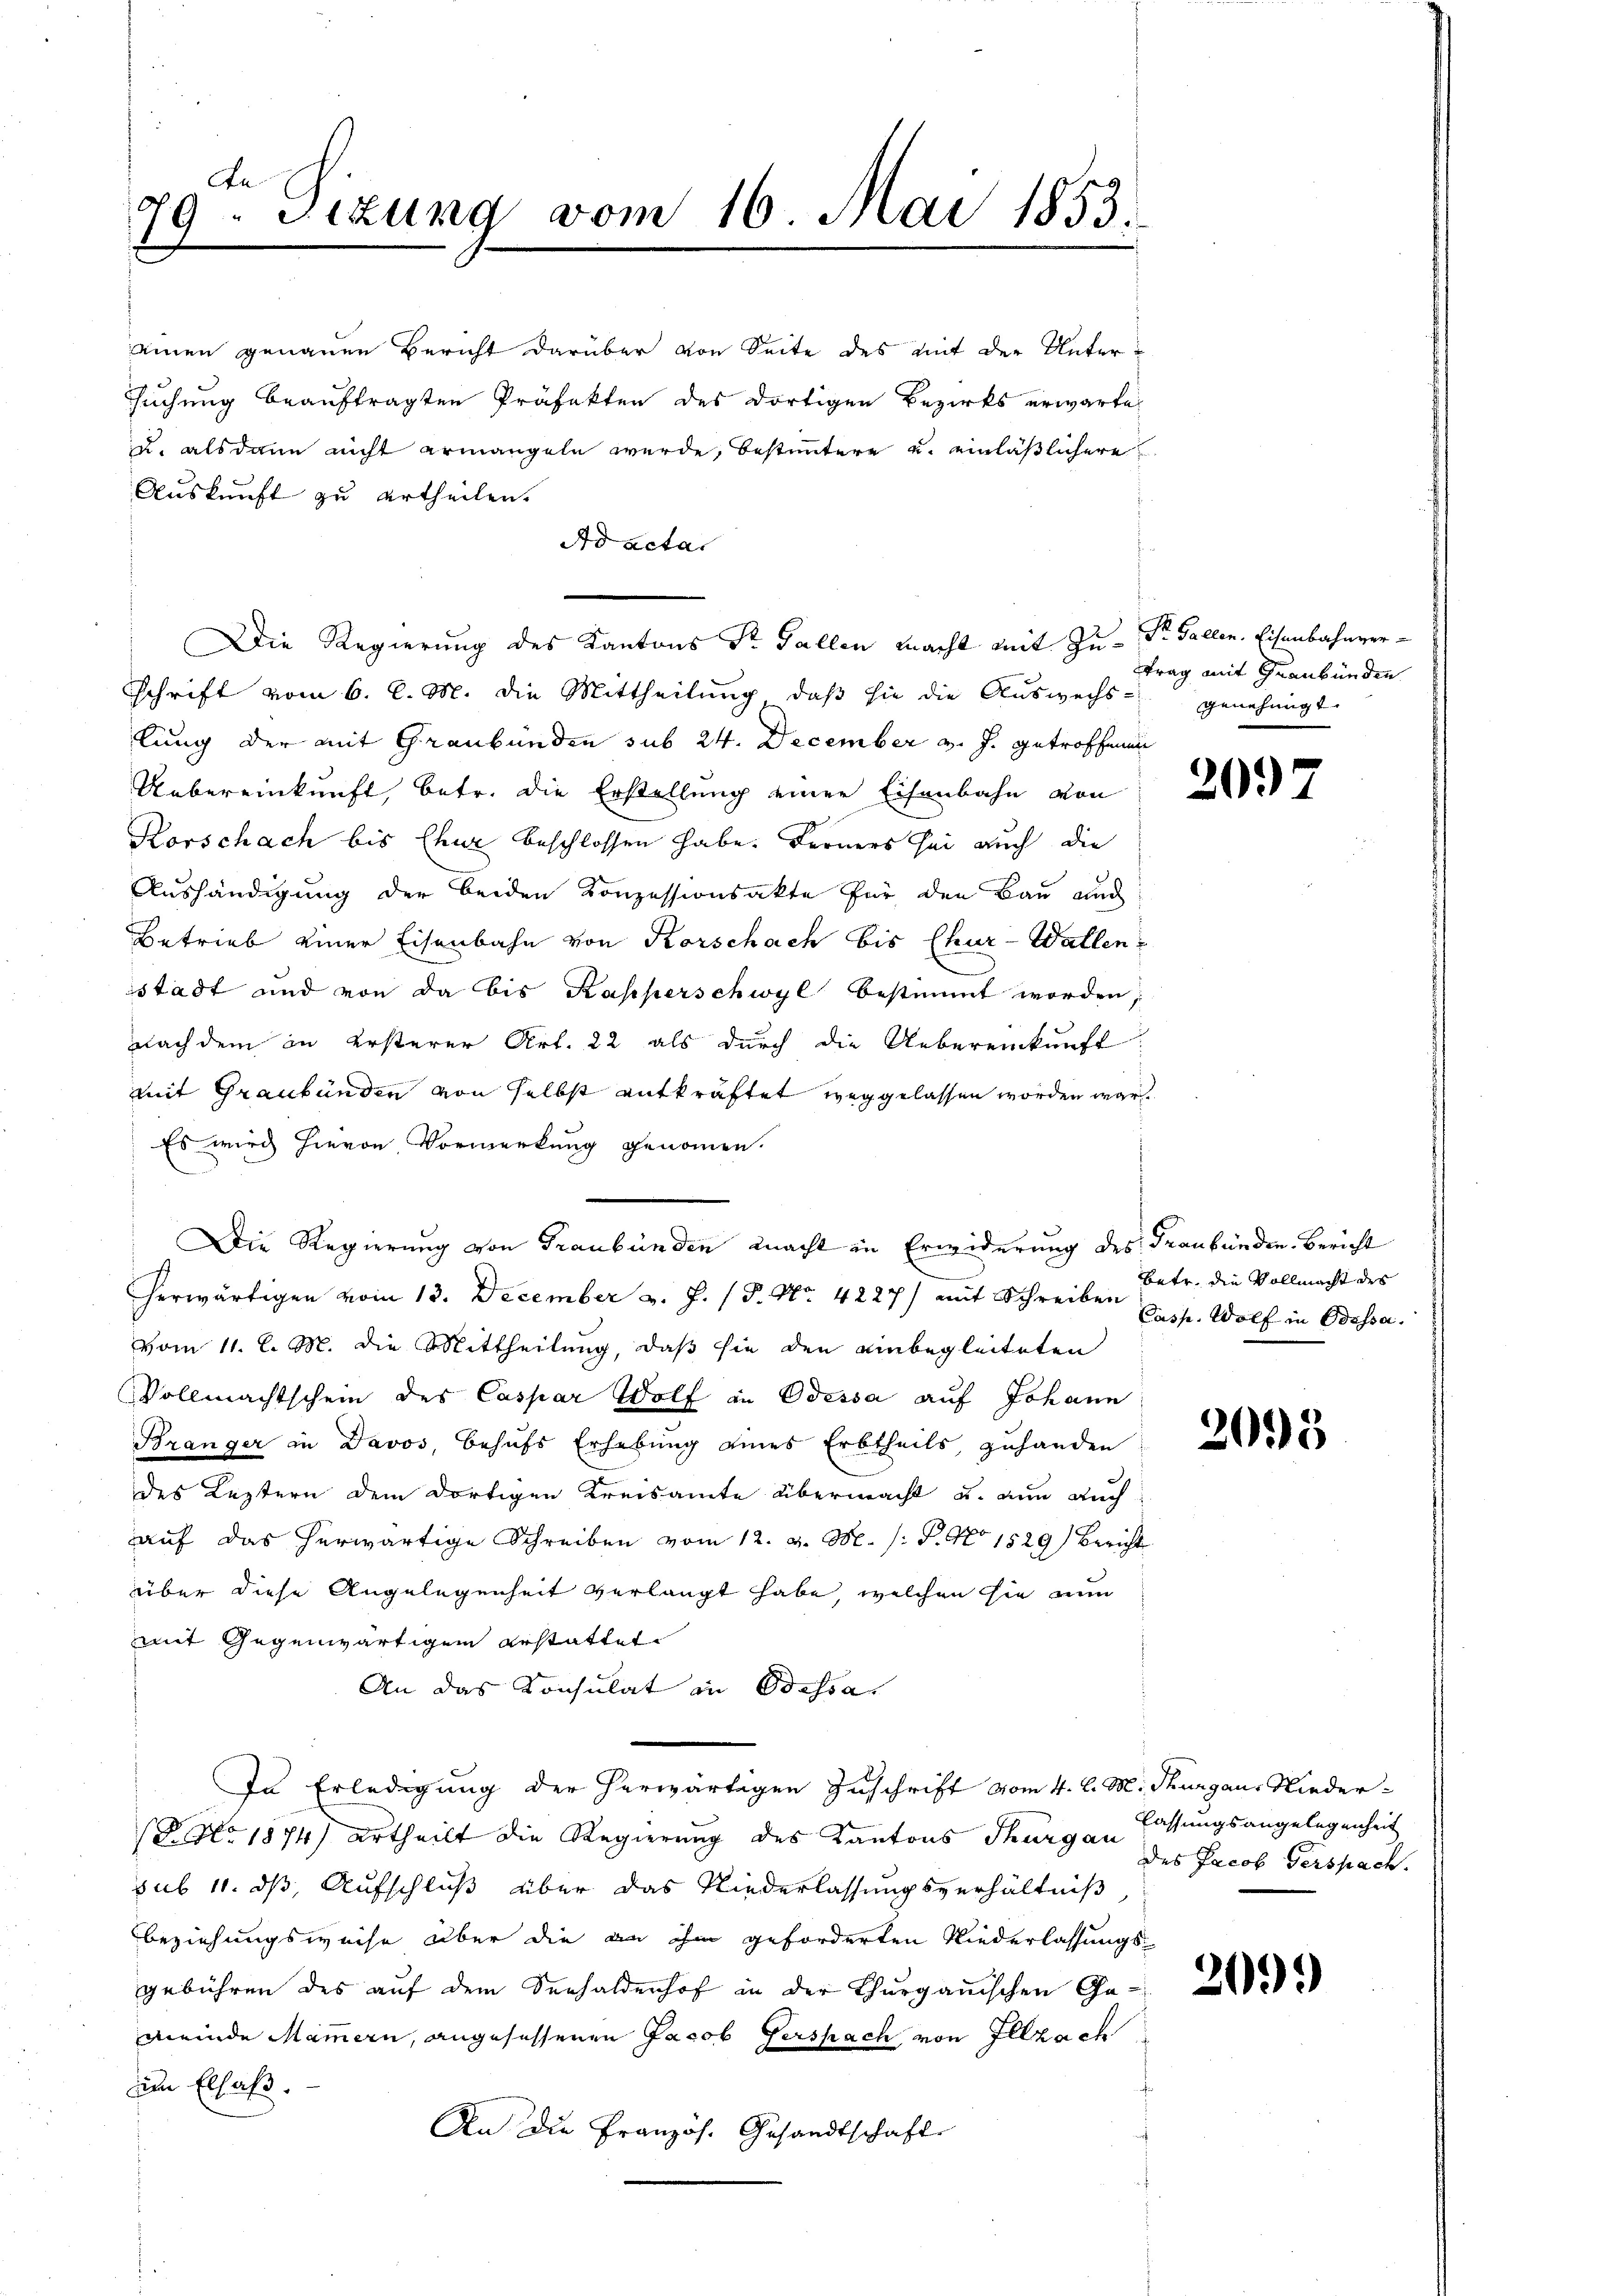
Fe
79- Sizung vom 16. Mai 1853.

einen genauen Bericht darüber von Seite des mit der Untersuchung beauftragten Präfekten des dortigen Bezirks erwarte
u. alsdann nicht ermangeln wurde, bestimmtere u. einläßlichere
Auskunft zu ertheilen.
Ad acta
Schrift vom 6. d. M. die Mittheilung, daß sie die Auswechs-
lung der mit Graubünden sub 24. December v. J. getroffen
Uebereinkunft, betr. die Erstellung einer Eisenbahn von
Korschach bis Chur beschlossen habe. Ferners sei auch die
Aushändigung der beiden Konzessionsakte für den Bau auch
Betrieb einer Eisenbahn von Korschach bis Chur-Wallen
stadt und von da bis Kapperschwyl bestimmt worden,
nach dem in ersterer Art. 22 als durch die Uebereinkunft:
mit Graubünden von selbst entkräftet weggelassen worden war.
Es wird hievon Vormerkung genommen.
Die Regierung von Graubünden macht in Erwiderung des Graubünden Bericht
herwärtigen vom 13. December v. J. (T. No. 4227) mit Schreiben Casse. Wolf in Odessa.
vom 11. l. M. die Mittheilung, daß sie den einbegleiteten
Vollmachtschein des Caspar Wolf in Odessa auf Johann
Bränger in Davos, behufs Erhebung eines Erbtheils, zuhanden
des Leztern dem dortigen Kreisamte übermacht u. nun auch
aŭf das herwärtige Schreiben vom 12. d. M. /: P. No 1529) Bericht
über diese Angelegenheit verlangt habe, welchen sie nun
mit Gegenwärtigem erstattet.
An das Konsulat in Odessa
In Erledigung der herwärtigen Zuschrift vom 4. l. M. Thurgau, Nieder¬
(Ao 1874) Urtheilt die Regierung des Kantons Thurgau lassungsangelegenheit
sub 11. ds Aufschluß über das Niederlassungsverhältniß
beziehungsweise über die an ihm geforderten Niederlassungs-
gebühren des auf dem Seehaldenhof in der Thurgauischen Gemeinde Mammern, angesessenen Jacob Gerspach von Illzach
im Elsaß.
An die Französ. Gesandtschaft

Die Regierung des Kantons Sr. Gallen macht mit Zu- Dr. Gallen. Eisenbahnver¬

trag mit Graubünden
genehmigt.

20.)

Betr. die Vollmacht des

2093

des Jacob Verspach.

209)